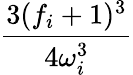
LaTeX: \frac{3(f_{i}+1)^{3}}{4\omega_{i}^{3}}